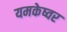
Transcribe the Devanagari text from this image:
यमकेष्वर